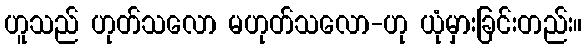
ဟူသည် ဟုတ်သလော မဟုတ်သလော-ဟု ယုံမှားခြင်းတည်း။